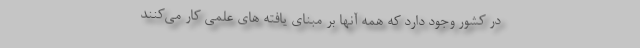
در کشور وجود دارد که همه آنها بر مبنای یافته های علمی کار می‌کنند